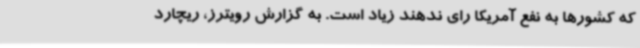
که کشورها به نفع آمریکا رای ندهند زیاد است. به گزارش رویترز، ریچارد